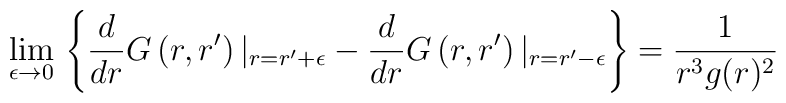
\lim_{\epsilon \to 0} \, \left\{ \frac{d}{dr}G\left (r,r^\prime\right)  \vert_{r=r^\prime+\epsilon} - \frac{d}{dr}G\left (r,r^\prime\right)  \vert_{r=r^\prime-\epsilon}\right\} =  \frac{1}{r^3 g(r)^2}